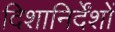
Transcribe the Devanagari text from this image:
दिशानिर्देंशों